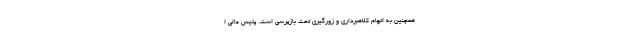
همچنین به اتهام کلاهبرداری و زورگیری تحت بازپرسی است. پلیس مالی ا